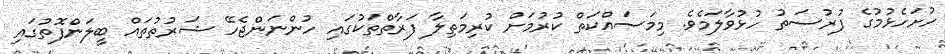
ހުށަހެޅުމުގެ ފުރުސަތު ހުޅުވާލަމެވެ. މިމަސައްކަތް ކުރުމަށް ކުރިމަތިލާ ފަރާތްތަކުގައި ހުންނަންޖެހޭ ޝަރުތުތައް ބީލަންފޮތުގައި